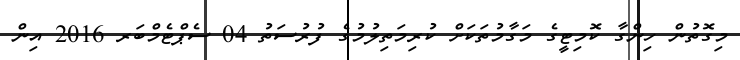
މިގޮތުން ހިންގާ ކޮމިޓީގެ މަގާމުތަކަށް ކުރިމަތިލުމުގެ ފުރުސަތު 04 ސެޕްޓެމްބަރ 2016 އިން